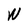
Character: W